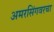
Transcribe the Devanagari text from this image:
अमरसिंगवरचा